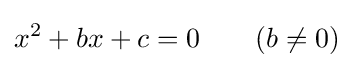
x^{2}+bx+c=0\qquad (b\neq 0)